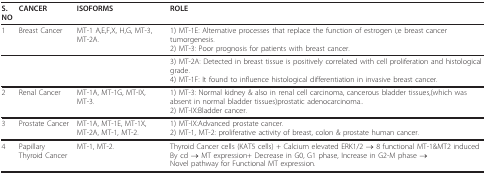
| S.NO | CANCER | ISOFORMS | ROLE |
 | --- | --- | --- | --- |
 | 1 | Breast Cancer | MT-1 A,E,F,X, H,G, MT-3, MT-2A. | 1) MT-1E: Alternative processes that replace the function of estrogen i;e breast cancer tumorgenesis.2) MT-3: Poor prognosis for patients with breast cancer. |
 |  |  |  | 3) MT-2A: Detected in breast tissue is positively correlated with cell proliferation and histological grade.4) MT-1F: It found to influence histological differentiation in invasive breast cancer. |
 | 2 | Renal Cancer | MT-1A, MT-1G, MT-IX, MT-3. | 1) MT-3: Normal kidney & also in renal cell carcinoma, cancerous bladder tissues,(which was absent in normal bladder tissues)prostatic adenocarcinoma..2) MT-IX:Bladder cancer. |
 | 3 | Prostate Cancer | MT-1A, MT-1E, MT-1X, MT-2A, MT-1, MT-2. | 1) MT-IX:Advanced prostate cancer.2) MT-1, MT-2: proliferative activity of breast, colon & prostate human cancer. |
 | 4 | Papillary Thyroid Cancer | MT-1, MT-2. | Thyroid Cancer cells (KAT5 cells) + Calcium elevated ERK1/2 → 8 functional MT-1&MT2 induced By cd → MT expression+ Decrease in G0, G1 phase, Increase in G2-M phase →Novel pathway for Functional MT expression. |